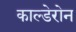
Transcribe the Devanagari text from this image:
काल्डेरोन